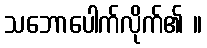
သဘောပေါက်လိုက်၏ ။